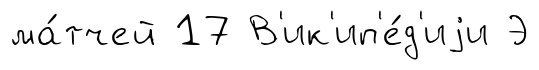
ма́тчей 17 В'ик'ип'е́д'иjи Э